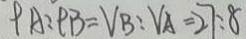
P A : P B = V _ { B } : V _ { A } = 2 7 : 8